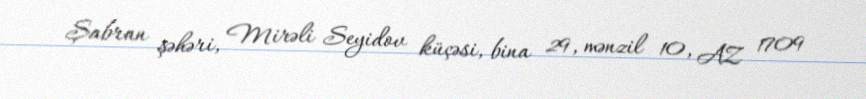
Şabran şəhəri, Mirəli Seyidov küçəsi, bina 29, mənzil 10, AZ 1709